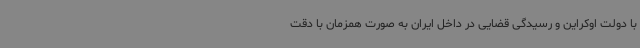
با دولت اوکراین و رسیدگی قضایی در داخل ایران به صورت همزمان با دقت